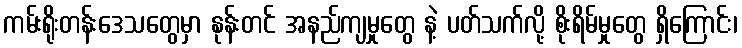
ကမ်းရိုးတန်းဒေသတွေမှာ နုန်းတင် အနည်ကျမှုတွေ နဲ့ ပတ်သက်လို့ စိုးရိမ်မှုတွေ ရှိကြောင်း၊